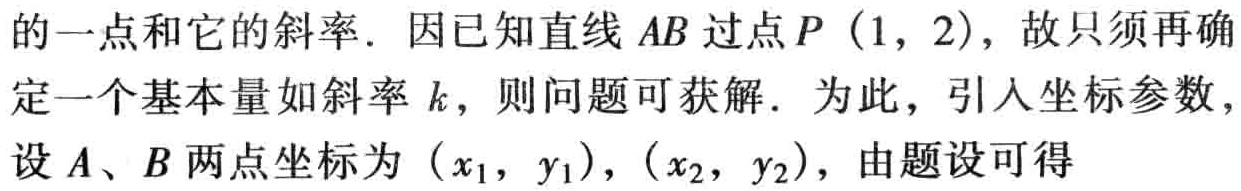
的一点和它的斜率. 因已知直线 \(AB\) 过点 \(P(1,2)\)，故只须再确定一个基本量如斜率 \(k\)，则问题可获解. 为此，引入坐标参数，设 \(A\)、\(B\) 两点坐标为 \((x_{1},y_{1})\)，\((x_{2},y_{2})\)，由题设可得